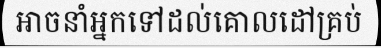
អាចនាំអ្នកទៅដល់គោលដៅគ្រប់